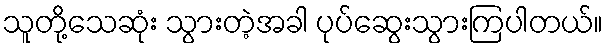
သူတို့သေဆုံး သွားတဲ့အခါ ပုပ်ဆွေးသွားကြပါတယ်။